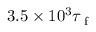
3 . 5 \times 1 0 ^ { 3 } \tau _ { \textrm { f } }